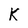
Character: K